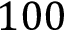
1 0 0